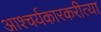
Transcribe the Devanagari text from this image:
आश्चर्यकारकरीत्या